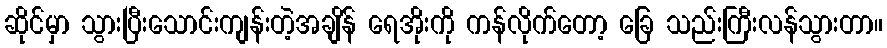
ဆိုင်မှာ သွားပြီးသောင်းကျန်းတဲ့အချိန် ရေအိုးကို ကန်လိုက်တော့ ခြေ သည်းကြီးလန်သွားတာ။